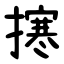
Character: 㩃